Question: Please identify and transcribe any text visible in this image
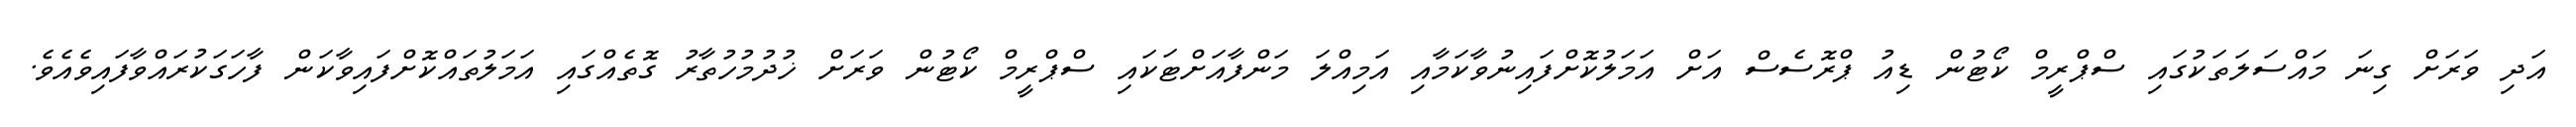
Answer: އަދި ވަރަށް ގިނަ މައްސަލަތަކުގައި ސްޕްރީމް ކޯޓުން ޑިއު ޕްރޮސެސް އަށް އަމަލުކޮށްފައިނުވާކަމާއި އަމިއްލަ މަންފާއަށްޓަކައި ސްޕްރީމް ކޯޓުން ވަރަށް ޚުދުމުހުތާރު ގޮތެއްގައި އަމަލުތައްކޮށްފައިވާކަން ފާހަގަކުރައްވާފައިވެއެވެ.